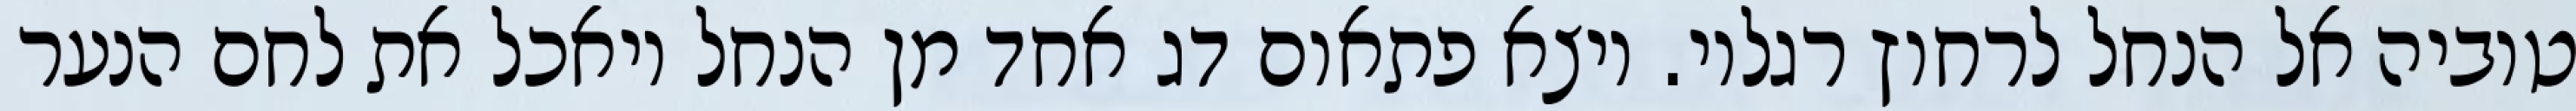
טוביה אל הנחל לרחוץ רגליו. ויצא פתאום דג אחד מן הנחל ויאכל את לחם הנער